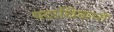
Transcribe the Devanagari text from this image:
पदाधिकारों